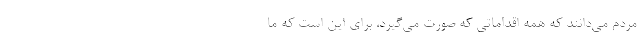
مردم می‌دانند که همه اقداماتی که صورت می‌گیرد، برای این است که ما